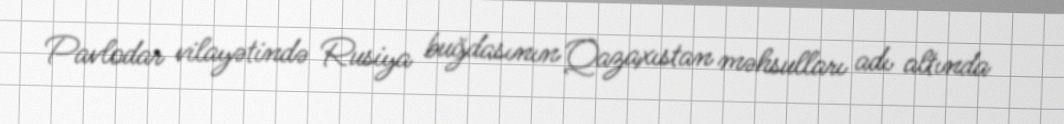
Pavlodar vilayətində Rusiya buğdasının Qazaxıstan məhsulları adı altında